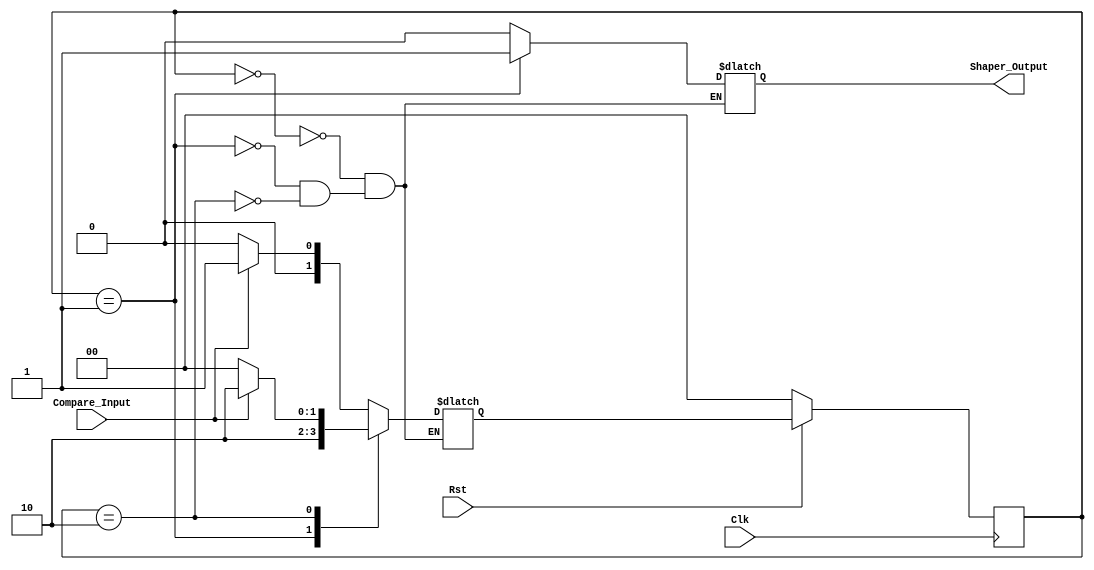


module Score_Shaper(Compare_Input, Clk, Rst, Shaper_Output);
input Compare_Input;
output reg Shaper_Output;
input Clk, Rst;

parameter Init=0,Pulse=1, Wait=2;

reg[1:0] State, StateNext;

always @ (posedge Clk)
 begin
  if(Rst==0)
   begin
   State<=Init;
   end
  else
   begin
   State<=StateNext;
   end
 end

always @ (Compare_Input, State)
 begin
  case(State)

   Init:
    begin
    Shaper_Output<=0;
    if(Compare_Input ==0)
     StateNext<=Init;
    else  
     StateNext<=Pulse;
    end

   Pulse:
    begin
    Shaper_Output<=1;
    StateNext<=Wait;
    end

   Wait:
    begin
    Shaper_Output<=0;
    if(Compare_Input ==1)
     StateNext<=Wait;
    else  
     StateNext<=Init;
    end
  endcase
 end
endmodule